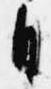
自